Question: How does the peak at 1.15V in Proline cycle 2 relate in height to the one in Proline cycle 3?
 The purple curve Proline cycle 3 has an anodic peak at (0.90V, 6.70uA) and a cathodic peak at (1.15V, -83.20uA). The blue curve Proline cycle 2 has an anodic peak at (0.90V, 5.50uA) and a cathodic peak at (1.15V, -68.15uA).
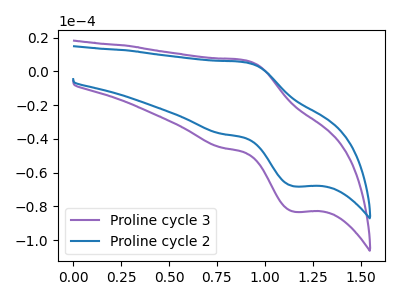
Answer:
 <answer>The peak at 1.15V is lower in "Proline cycle 2" than in "Proline cycle 3".</answer>
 <eval>lower</eval>